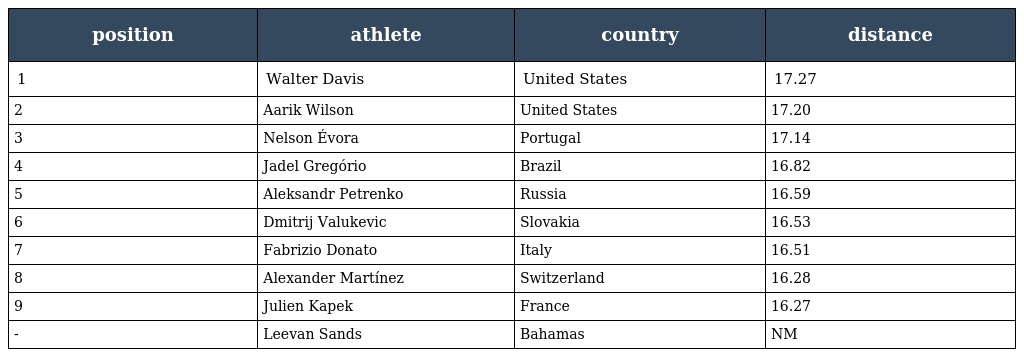
| position | athlete | country | distance |
 | --- | --- | --- | --- |
 | 1 | Walter Davis | United States | 17.27 |
 | 2 | Aarik Wilson | United States | 17.20 |
 | 3 | Nelson Évora | Portugal | 17.14 |
 | 4 | Jadel Gregório | Brazil | 16.82 |
 | 5 | Aleksandr Petrenko | Russia | 16.59 |
 | 6 | Dmitrij Valukevic | Slovakia | 16.53 |
 | 7 | Fabrizio Donato | Italy | 16.51 |
 | 8 | Alexander Martínez | Switzerland | 16.28 |
 | 9 | Julien Kapek | France | 16.27 |
 | - | Leevan Sands | Bahamas | NM |